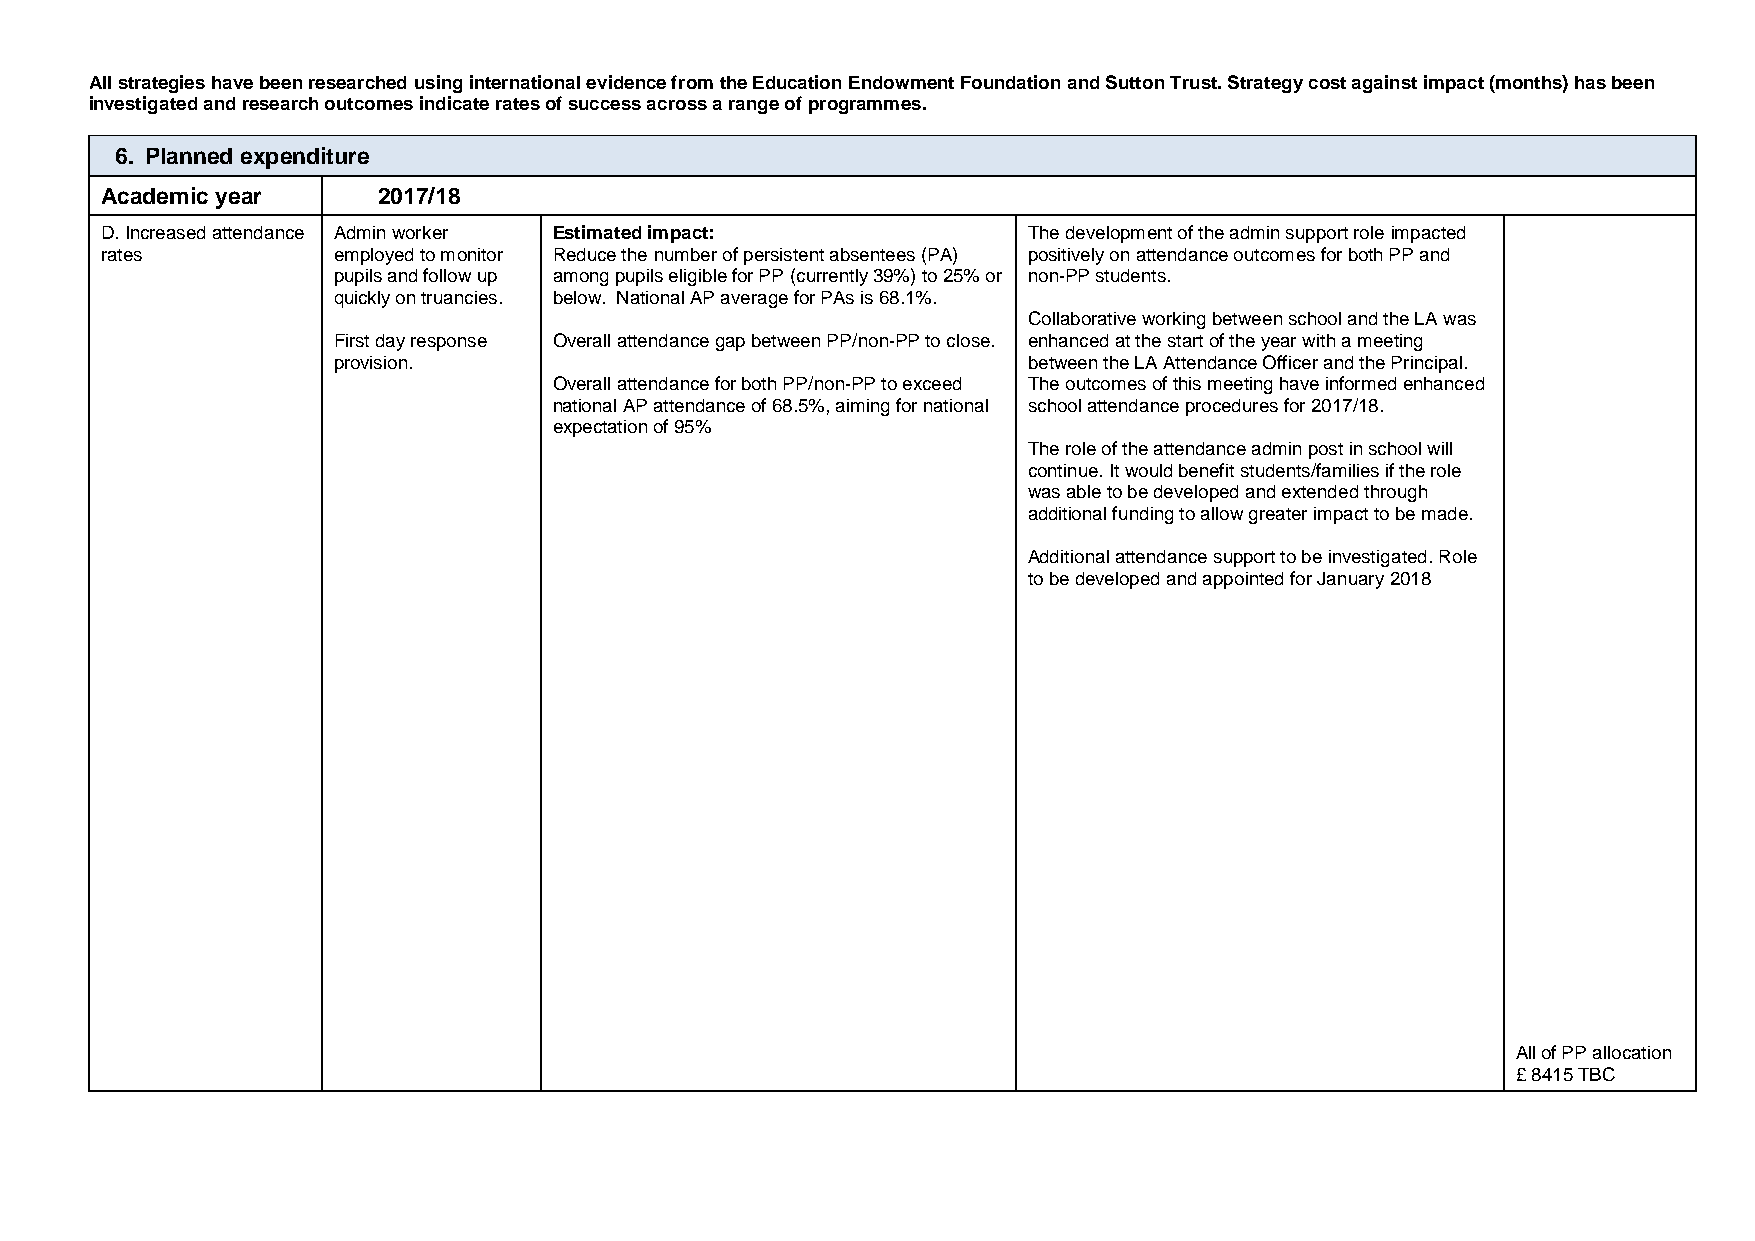
All strategies have been researched using international evidence from the Education Endowment Foundation and Sutton Trust. Strategy cost against impact (months) has been
 investigated and research outcomes indicate rates of success across a range of programmes.
 6. Planned expenditure
 Academic year     2017/18
 D. Increased attendance Admin worker Estimated impact:       The development of the admin support role impacted
 rates          employed to monitor Reduce the number of persistent absentees (PA) positively on attendance outcomes for both PP and
 pupils and follow up among pupils eligible for PP (currently 39%) to 25% or non-PP students.
 quickly on truancies. below. National AP average for PAs is 68.1%.
 Collaborative working between school and the LA was
 First day response Overall attendance gap between PP/non-PP to close. enhanced at the start of the year with a meeting
 provision.                                    between the LA Attendance Officer and the Principal.
 Overall attendance for both PP/non-PP to exceed The outcomes of this meeting have informed enhanced
 national AP attendance of 68.5%, aiming for national school attendance procedures for 2017/18.
 expectation of 95%
 The role of the attendance admin post in school will
 continue. It would benefit students/families if the role
 was able to be developed and extended through
 additional funding to allow greater impact to be made.
 Additional attendance support to be investigated. Role
 to be developed and appointed for January 2018
 All of PP allocation
 £ 8415 TBC